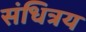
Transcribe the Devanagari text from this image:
संधित्रय